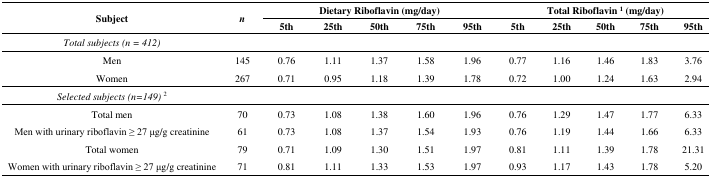
<table><thead><tr><td rowspan="2"><b>Subject</b></td><td rowspan="2"><b><i>n</i></b></td><td colspan="5"><b>Dietary Riboflavin (mg/day)</b></td><td colspan="5"><b>Total Riboflavin <sup>1</sup> (mg/day)</b></td></tr><tr><td><b>5th</b></td><td><b>25th</b></td><td><b>50th</b></td><td><b>75th</b></td><td><b>95th</b></td><td><b>5th</b></td><td><b>25th</b></td><td><b>50th</b></td><td><b>75th</b></td><td><b>95th</b></td></tr></thead><tbody><tr><td><i>Total subjects (n</i><i>= 412)</i></td><td></td><td></td><td></td><td></td><td></td><td></td><td></td><td></td><td></td><td></td><td></td></tr><tr><td>Men</td><td>145</td><td>0.76</td><td>1.11</td><td>1.37</td><td>1.58</td><td>1.96</td><td>0.77</td><td>1.16</td><td>1.46</td><td>1.83</td><td>3.76</td></tr><tr><td>Women</td><td>267</td><td>0.71</td><td>0.95</td><td>1.18</td><td>1.39</td><td>1.78</td><td>0.72</td><td>1.00</td><td>1.24</td><td>1.63</td><td>2.94</td></tr><tr><td><i>Selected subjects (n=149)</i><sup>2</sup></td><td></td><td></td><td></td><td></td><td></td><td></td><td></td><td></td><td></td><td></td><td></td></tr><tr><td>Total men</td><td>70</td><td>0.73</td><td>1.08</td><td>1.38</td><td>1.60</td><td>1.96</td><td>0.76</td><td>1.29</td><td>1.47</td><td>1.77</td><td>6.33</td></tr><tr><td>Men with urinary riboflavin ≥ 27 μg/g creatinine</td><td>61</td><td>0.73</td><td>1.08</td><td>1.37</td><td>1.54</td><td>1.93</td><td>0.76</td><td>1.19</td><td>1.44</td><td>1.66</td><td>6.33</td></tr><tr><td>Total women</td><td>79</td><td>0.71</td><td>1.09</td><td>1.30</td><td>1.51</td><td>1.97</td><td>0.81</td><td>1.11</td><td>1.39</td><td>1.78</td><td>21.31</td></tr><tr><td>Women with urinary riboflavin ≥ 27 μg/g creatinine</td><td>71</td><td>0.81</td><td>1.11</td><td>1.33</td><td>1.53</td><td>1.97</td><td>0.93</td><td>1.17</td><td>1.43</td><td>1.78</td><td>5.20</td></tr></tbody></table>